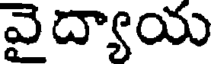
వైద్యాయ